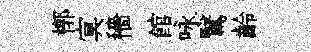
槨㝠穡館咏鷖齡